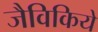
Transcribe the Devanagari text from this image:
जैविकिये